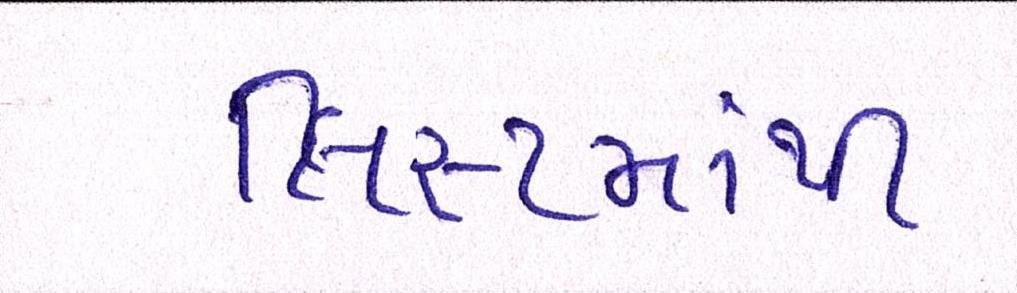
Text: લિસ્ટમાંથી